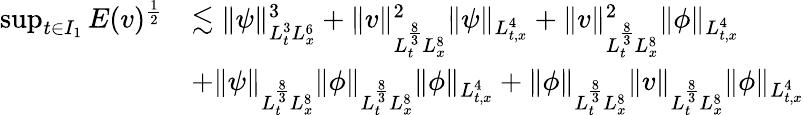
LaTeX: \begin{array}{rl}{\operatorname*{sup}_{t\in I_{1}}E(v)^{\frac{1}{2}}}&{\lesssim\| \psi\| _{L_{t}^{3}L_{x}^{6}}^{3}+\| v\| _{L_{t}^{\frac{8}{3}}L_{x}^{8}}^{2}\| \psi\| _{L_{t,x}^{4}}+\| v\| _{L_{t}^{\frac{8}{3}}L_{x}^{8}}^{2}\| \phi\| _{L_{t,x}^{4}}}\\ &{+\| \psi\| _{L_{t}^{\frac{8}{3}}L_{x}^{8}}\| \phi\| _{L_{t}^{\frac{8}{3}}L_{x}^{8}}\| \phi\| _{L_{t,x}^{4}}+\| \phi\| _{L_{t}^{\frac{8}{3}}L_{x}^{8}}\| v\| _{L_{t}^{\frac{8}{3}}L_{x}^{8}}\| \phi\| _{L_{t,x}^{4}}}\end{array}